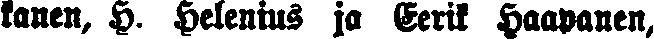
kanen, H. Helenius jo Eerik Haapanen,